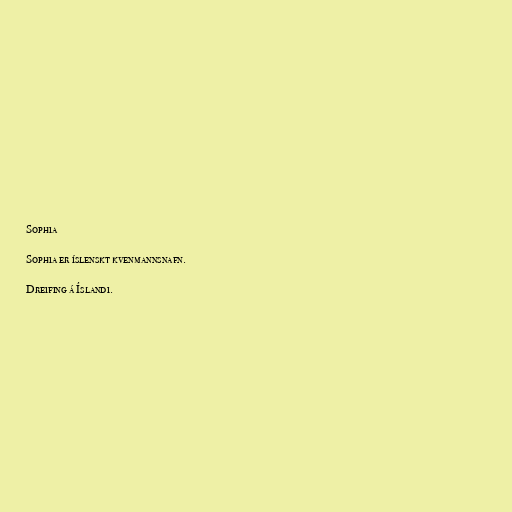
Sophia

Sophia er íslenskt kvenmannsnafn.

Dreifing á Íslandi.